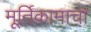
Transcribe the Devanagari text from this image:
मूर्तिकामाचा